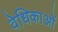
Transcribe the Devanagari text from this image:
वेधिकाओं